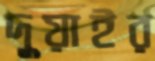
দুয়াইর